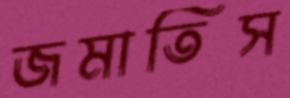
জমাতিস